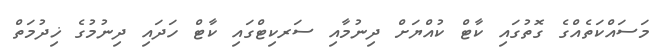
މަސައްކަތެއްގެ ގޮތުގައި ކާޓް ކުއްޔަށް ދިނުމާއި ސަރކިޓްގައި ކާޓް ހަދައި ދިނުމުގެ ޚިދުމަތް